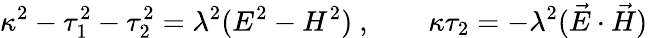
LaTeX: \kappa^{2}-\tau_{1}^{2}-\tau_{2}^{2}=\lambda^{2}(E^{2}-H^{2})~,\qquad\kappa\tau_{2}=-\lambda^{2}(\vec{E}\cdot\vec{H})